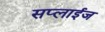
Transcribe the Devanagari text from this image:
सप्लाईज